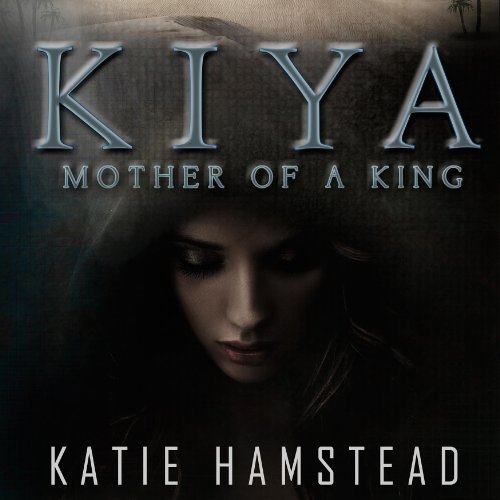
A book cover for KIYA: Mother of a King; Katie Hamstead; Romance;